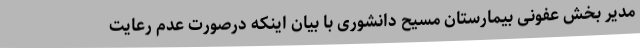
مدیر بخش عفونی بیمارستان مسیح دانشوری با بیان اینکه درصورت عدم رعایت